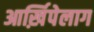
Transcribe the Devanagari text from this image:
आर्ख़िपेलाग